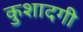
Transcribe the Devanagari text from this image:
कुशादगी